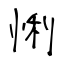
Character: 悧